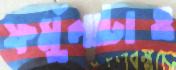
ফর্মুলাটাও